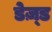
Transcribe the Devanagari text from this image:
डेज़्ड